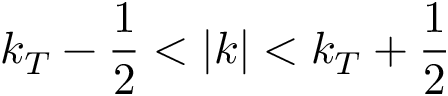
k _ { T } - \frac { 1 } { 2 } < | \boldsymbol { k } | < k _ { T } + \frac { 1 } { 2 }